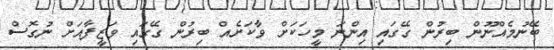
ބޭނުމެއްނޫން ބިރުން ގޭގައި އިންނަ މީހަކަށް ވާކަށެއް ބިރުން ގޭގައި ވަޒީފާއަށް ނުގޮސް